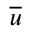
\overline { { u } }